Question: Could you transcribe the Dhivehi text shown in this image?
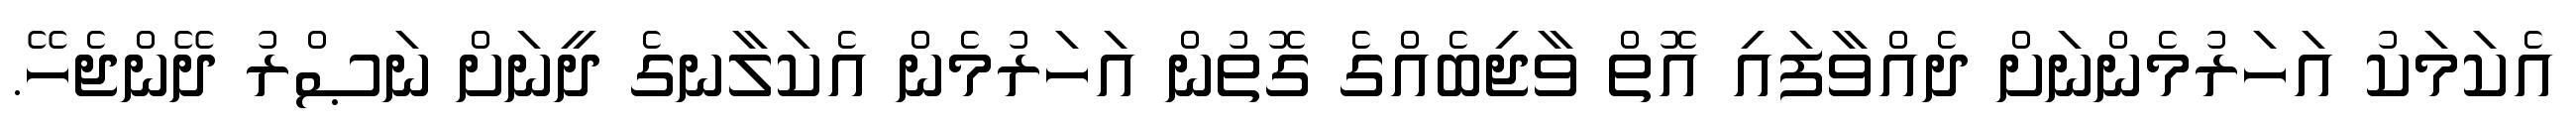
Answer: އެކަމަކު އަހަރުމެންނަށް ދެއްވާފައި އޮތް ވާޖިބެއްގެ ގޮތުން އަހަރުމެން އެކަލާނގެ ދީނަށް ނަޞްރު ދޭންޖެހޭ.